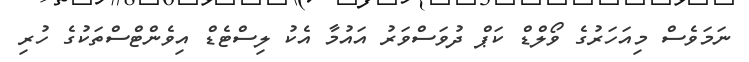
ނަމަވެސް މިއަހަރުގެ ވޯލްޑް ކަޕް ދުވަސްވަރު އައުމާ އެކު ލިސްޓެޑް އިވެންޓްސްތަކުގެ ހުރި